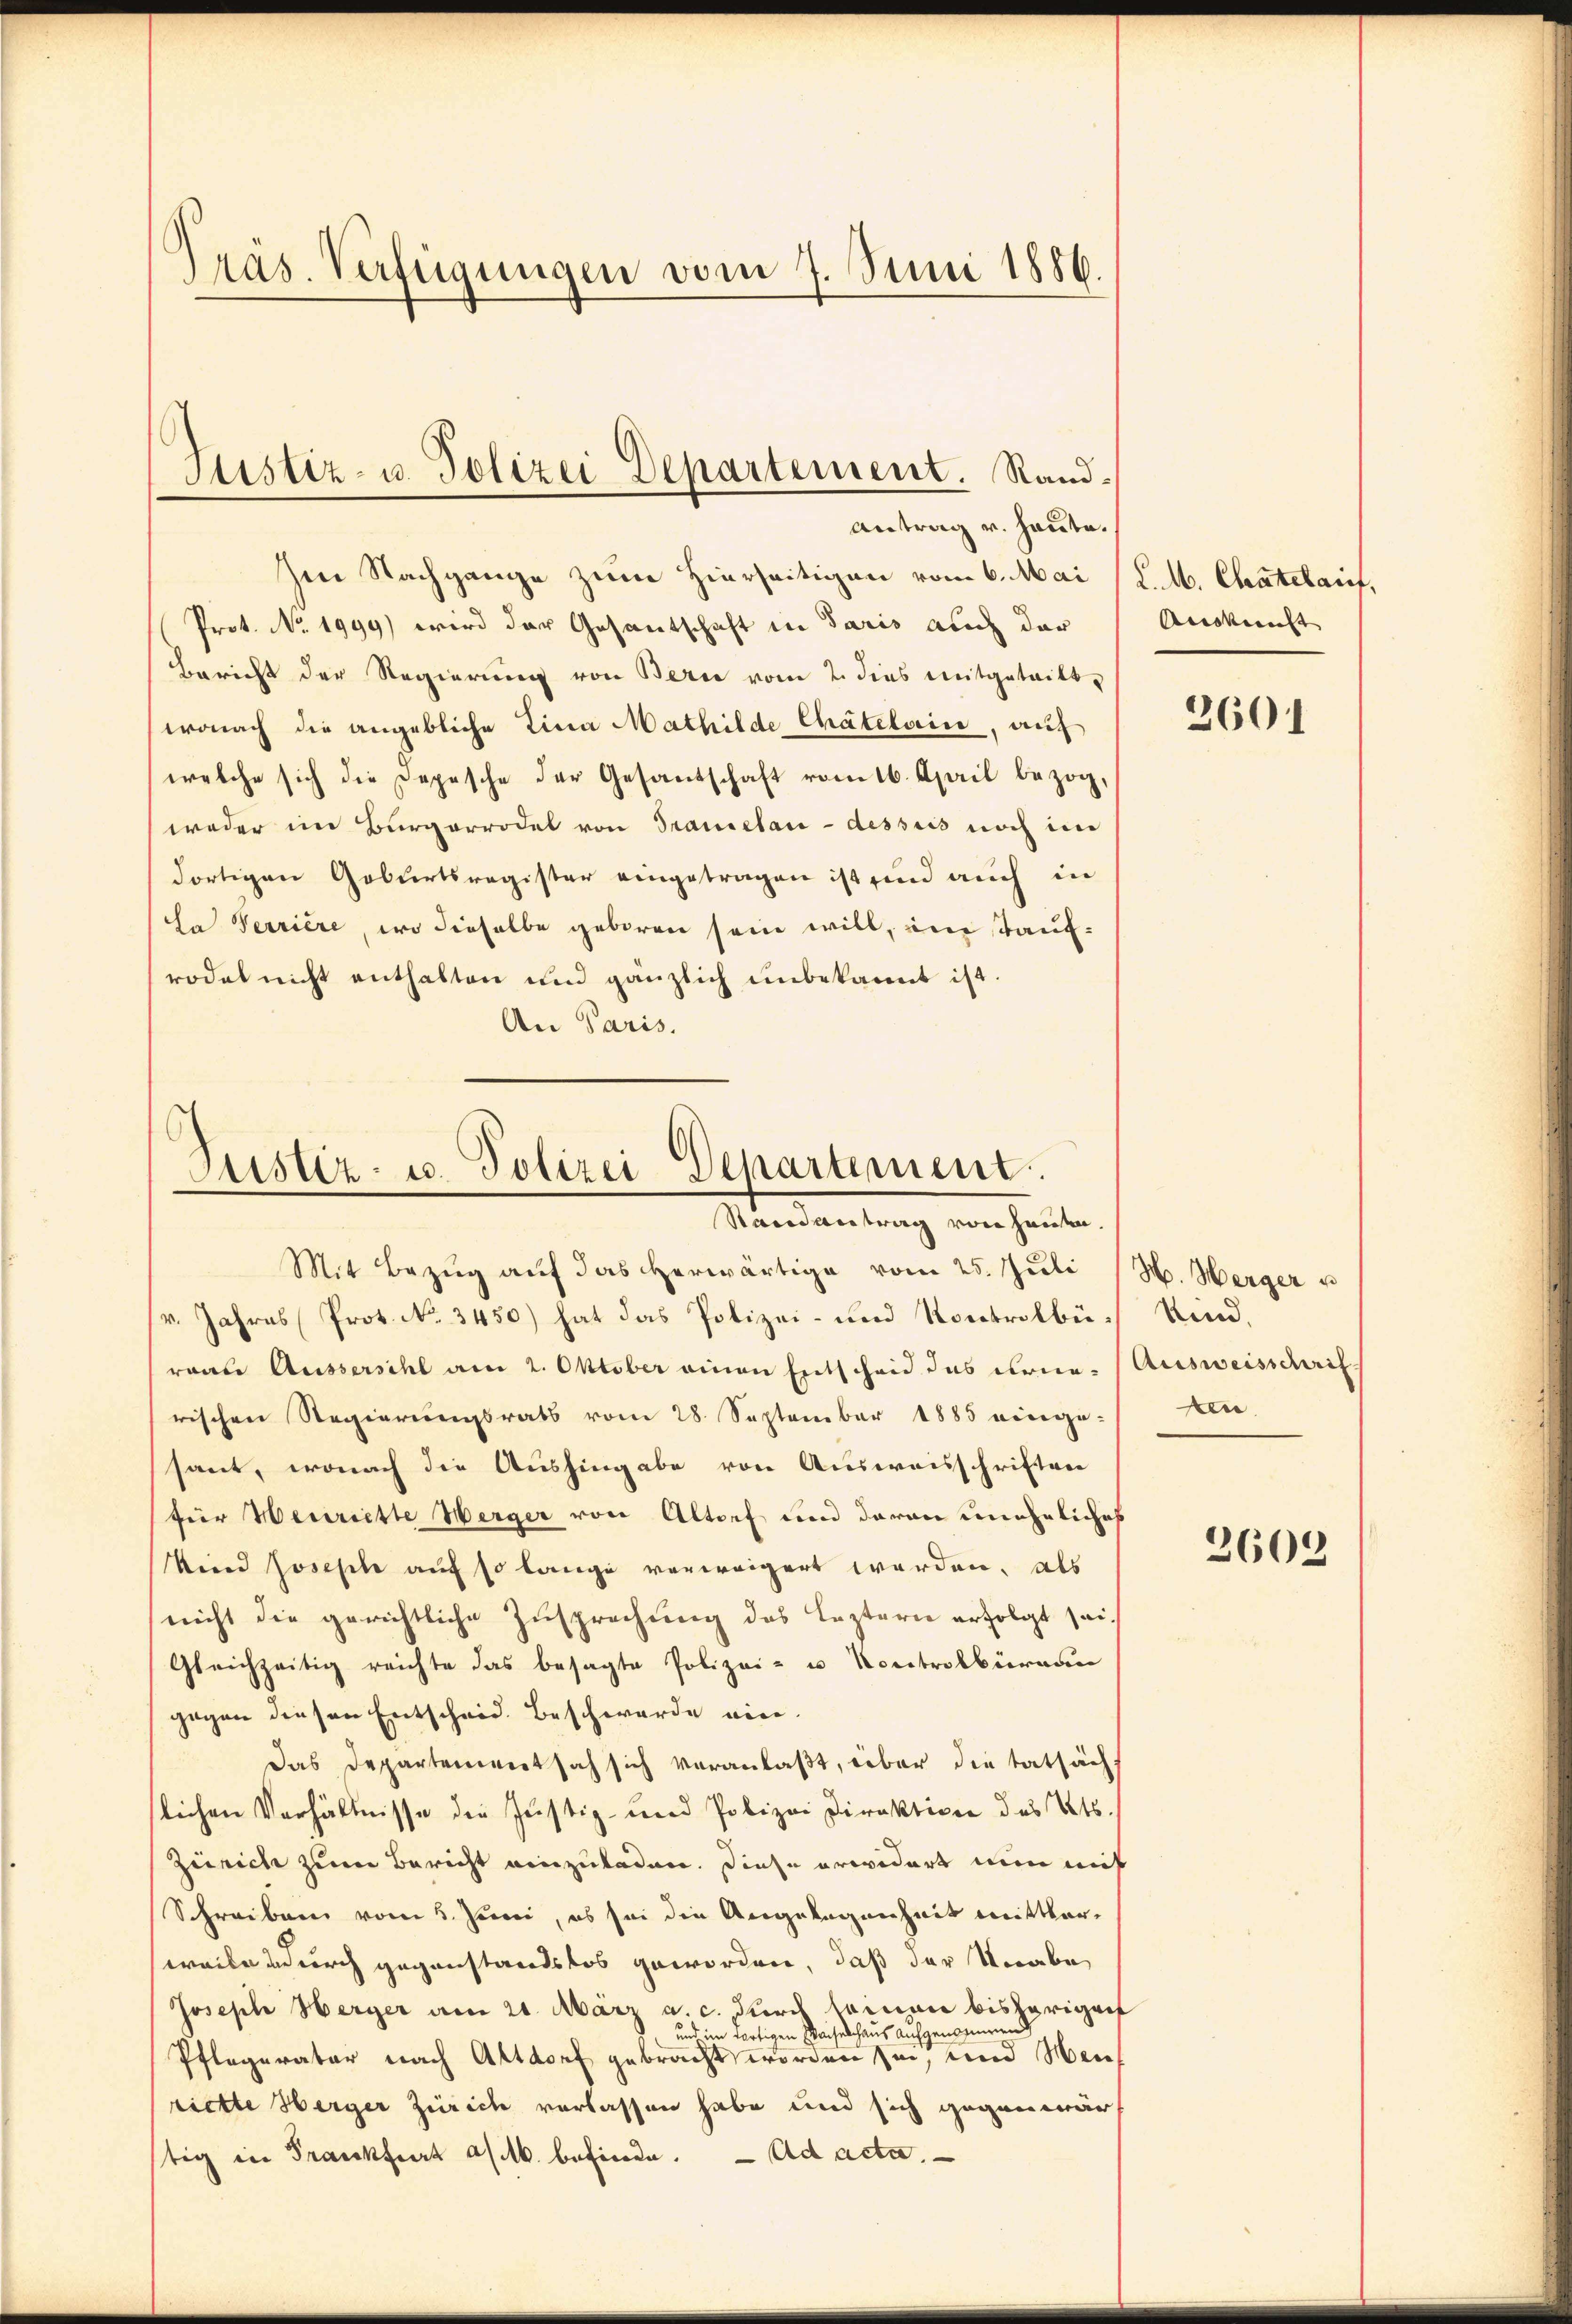
Präs. Verfügungen vom 7. Juni 1886.

Im Nachgange zum Hierseitigen vom 6. Mai (l. M. Chatelauf,
Prot. No. 1999) wird der Gesantschaft in Paris auch der
Bericht der Regierung von Berne vom 2. dies mitgeteilt,
wonach die angebliche Lina Mathilde Chätelain, auf
welche sich die Depesche der Gesandschaft vom 16. April bezog,
weder im Bürgerrodel von Traumelau-dessus noch im
dortigen Geburtsregister eingetragen ist sind auch in
da Terriere, wo dieselbe geboren sein will, eine Taufrodel nicht enthalten und gänzlich unbekannt ist.
An Paris.

Justiz- u. Polizei Departement. Rand¬
Antrag v. heute.

Justiz- u. Polizei-Departement.
Stain antrag von Hausen.

Mit Bezŭg aŭf das herwärtige vom 25. Juli (N. Werger u
(v. Jahres Prot. No. 3450) hat das Polizei- und Kontrolbü- Kindraale Aussersihl am 2. Oktober einen Entscheid das erne-Ausweisschrif-
rischen Regierungsrats vom 28. September 1885 einge-ten-
sant, wonach die Aushingabe von Ausweisschriften
(für Henriette Werger von Altorf und daran uneheliches
ind Josefile auf so lange verweigert werden, als
nicht die gerichtliche Zusprechung des Leztern erfolgt sei¬
Gleichzeitig reichte das besagte Polizei- u. Kontrolbüreau
gegen diesen Entscheid. Beschwerde eine
Das Departement sah sich veranlaßt, über die tatsächs
slichen Verhältnisse die Justiz- und Polizei Direktiven des Kts.
Zürich zum Bericht einzuladen. Diese erwidert nun mit
Schreiben vom 5. Juni, es sei die Angelegenheit mittlerweilendurch gegenstandslos geworden, daß der Unabe
Joseph Herger am 21. März a. c. Juris seinen bisherigen
und im dortigen Waiselhaus aufgenommen
Pflegerator nach Altdorf gebracht worden sei, und Men
riette Herger Zürich verlassen habe und sich gegenwärt
stig in Frankfurt a/M. befinde. Ad acta.

Auskunft

2601

3602